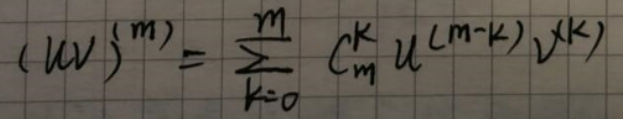
$(u v)^{(m)}=\sum_{k = 0}^{m} C_{m}^{k} u^{(m - k)} v^{(k)}$